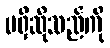
မရှိဆိုသည်ကို